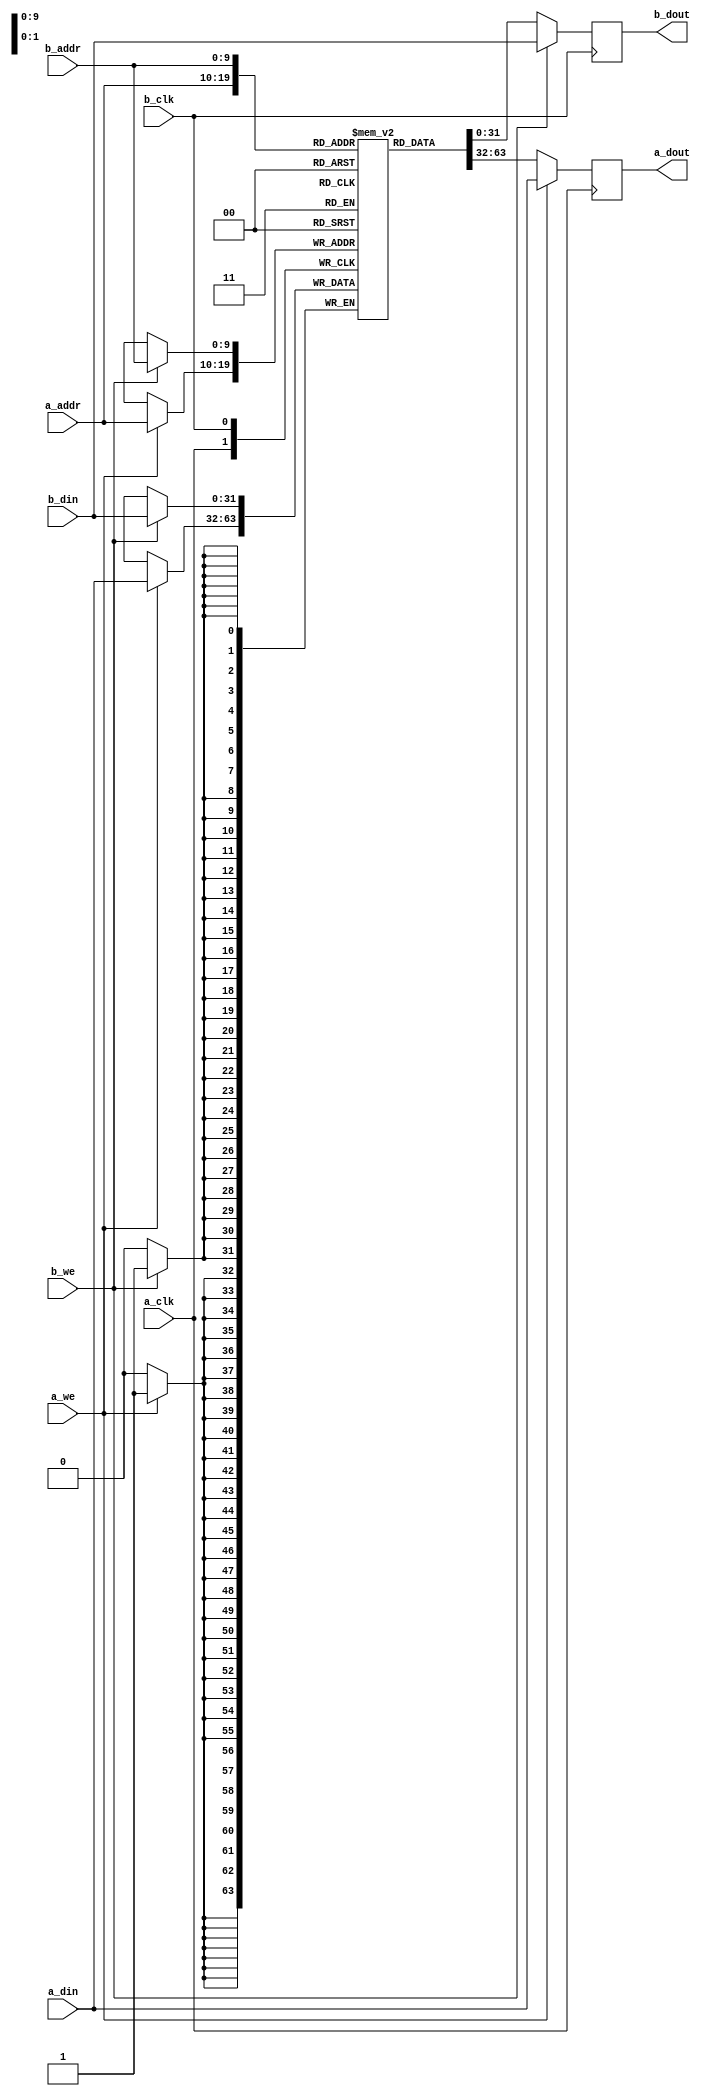
/*

Copyright (c) 2016 Alex Forencich

Permission is hereby granted, free of charge, to any person obtaining a copy
of this software and associated documentation files (the "Software"), to deal
in the Software without restriction, including without limitation the rights
to use, copy, modify, merge, publish, distribute, sublicense, and/or sell
copies of the Software, and to permit persons to whom the Software is
furnished to do so, subject to the following conditions:

The above copyright notice and this permission notice shall be included in
all copies or substantial portions of the Software.

THE SOFTWARE IS PROVIDED "AS IS", WITHOUT WARRANTY OF ANY KIND, EXPRESS OR
IMPLIED, INCLUDING BUT NOT LIMITED TO THE WARRANTIES OF MERCHANTABILITY
FITNESS FOR A PARTICULAR PURPOSE AND NONINFRINGEMENT. IN NO EVENT SHALL THE
AUTHORS OR COPYRIGHT HOLDERS BE LIABLE FOR ANY CLAIM, DAMAGES OR OTHER
LIABILITY, WHETHER IN AN ACTION OF CONTRACT, TORT OR OTHERWISE, ARISING FROM,
OUT OF OR IN CONNECTION WITH THE SOFTWARE OR THE USE OR OTHER DEALINGS IN
THE SOFTWARE.

*/

// Language: Verilog 2001

`timescale 1ns / 1ps

/*
 * Generic dual-port RAM
 */
module ram_dp #
(
    parameter DATA_WIDTH = 32,
    parameter ADDR_WIDTH = 10
)
(
    // port A
    input  wire                    a_clk,
    input  wire                    a_we,
    input  wire [ADDR_WIDTH-1:0]   a_addr,
    input  wire [DATA_WIDTH-1:0]   a_din,
    output wire [DATA_WIDTH-1:0]   a_dout,

    // port B
    input  wire                    b_clk,
    input  wire                    b_we,
    input  wire [ADDR_WIDTH-1:0]   b_addr,
    input  wire [DATA_WIDTH-1:0]   b_din,
    output wire [DATA_WIDTH-1:0]   b_dout
);

reg [DATA_WIDTH-1:0] a_dout_reg = {DATA_WIDTH{1'b0}};

reg [DATA_WIDTH-1:0] b_dout_reg = {DATA_WIDTH{1'b0}};

// (* RAM_STYLE="BLOCK" *)
reg [DATA_WIDTH-1:0] mem[(2**ADDR_WIDTH)-1:0];

assign a_dout = a_dout_reg;

assign b_dout = b_dout_reg;

integer i, j;

initial begin
    // two nested loops for smaller number of iterations per loop
    // workaround for synthesizer complaints about large loop counts
    for (i = 0; i < 2**ADDR_WIDTH; i = i + 2**(ADDR_WIDTH/2)) begin
        for (j = i; j < i + 2**(ADDR_WIDTH/2); j = j + 1) begin
            mem[j] = 0;
        end
    end
end

// port A
always @(posedge a_clk) begin
    a_dout_reg <= mem[a_addr];
    if (a_we) begin
        mem[a_addr] <= a_din;
        a_dout_reg <= a_din;
    end
end

// port B
always @(posedge b_clk) begin
    b_dout_reg <= mem[b_addr];
    if (b_we) begin
        mem[b_addr] <= b_din;
        b_dout_reg <= b_din;
    end
end

endmodule